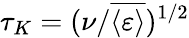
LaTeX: \tau_{K}=(\nu/\overline{{\langle\varepsilon\rangle}})^{1/2}